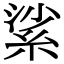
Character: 𦀟